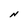
Character: N